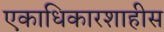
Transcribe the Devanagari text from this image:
एकाधिकारशाहीस